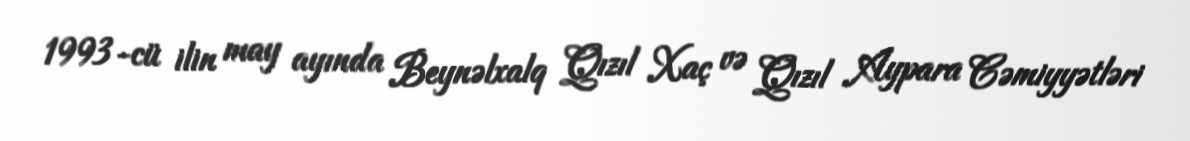
1993-cü ilin may ayında Beynəlxalq Qızıl Xaç və Qızıl Aypara Cəmiyyətləri